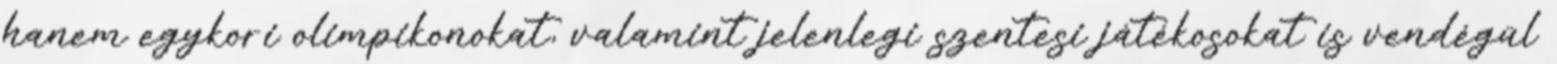
hanem egykori olimpikonokat, valamint jelenlegi szentesi játékosokat is vendégül